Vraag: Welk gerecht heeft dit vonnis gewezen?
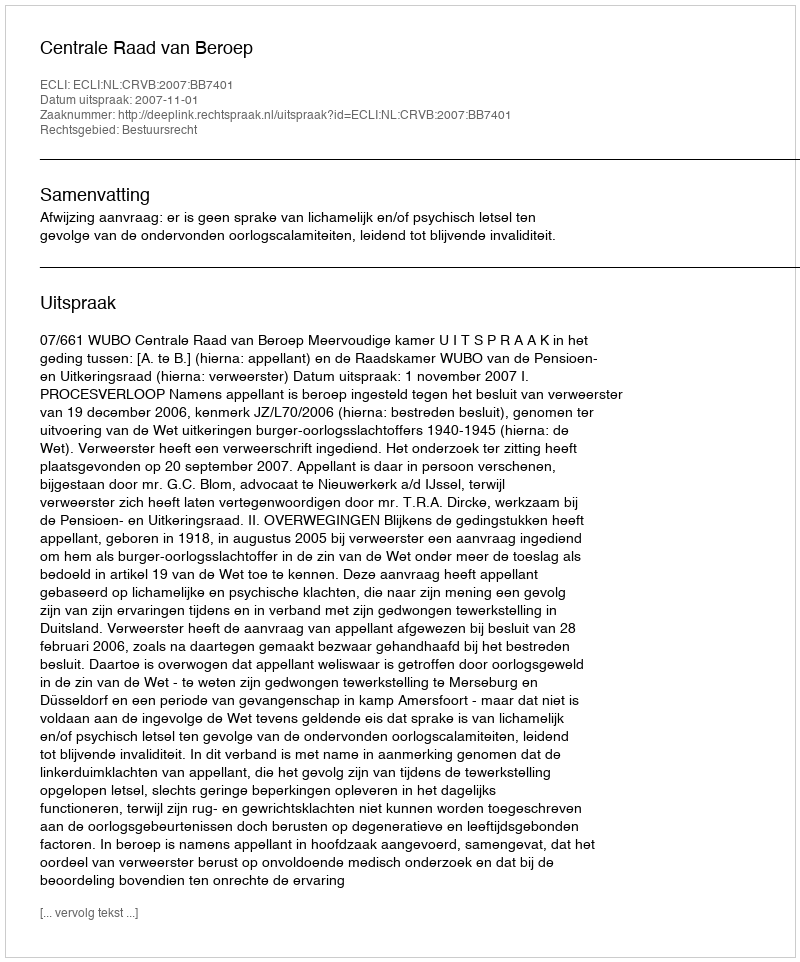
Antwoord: Centrale Raad van Beroep